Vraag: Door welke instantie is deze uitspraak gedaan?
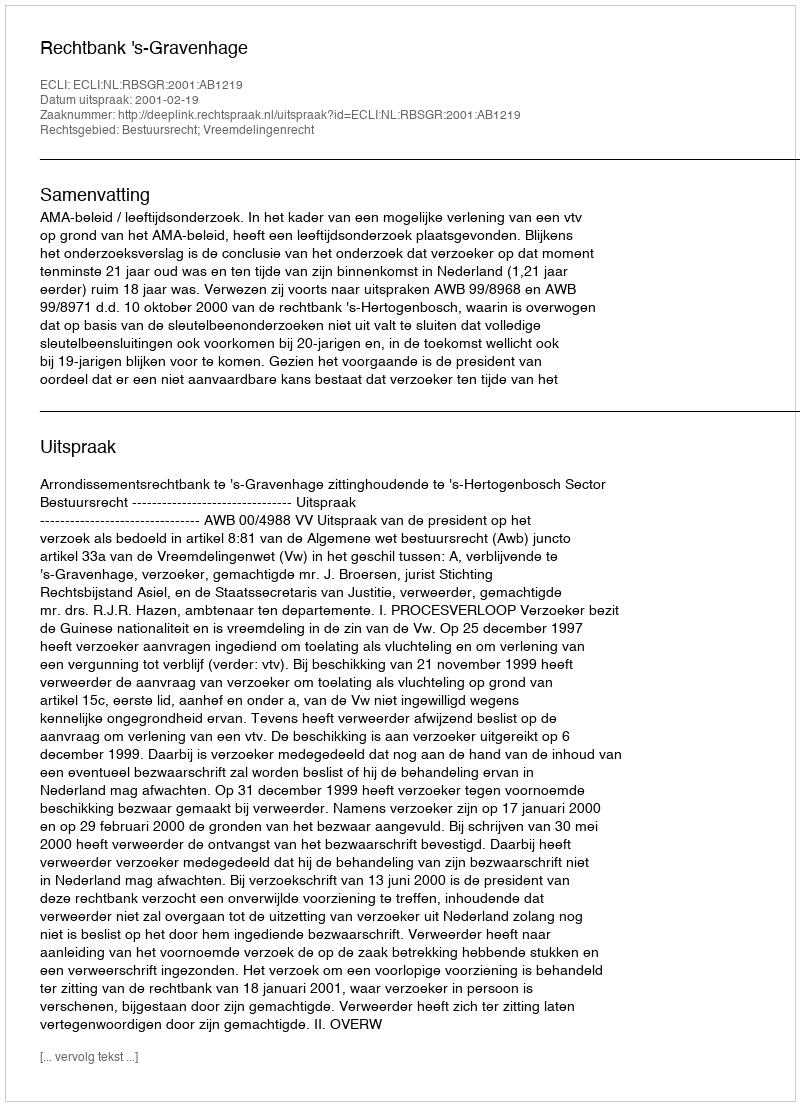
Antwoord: Rechtbank 's-Gravenhage